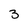
Character: 3